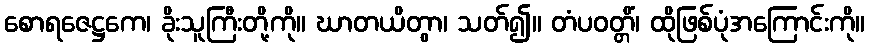
စောရဇေဋ္ဌကေ၊ ခိုးသူကြီးတို့ကို။ ဃာတယိတွာ၊ သတ်၍။ တံပဝတ္တိံ၊ ထိုဖြစ်ပုံအကြောင်းကို။